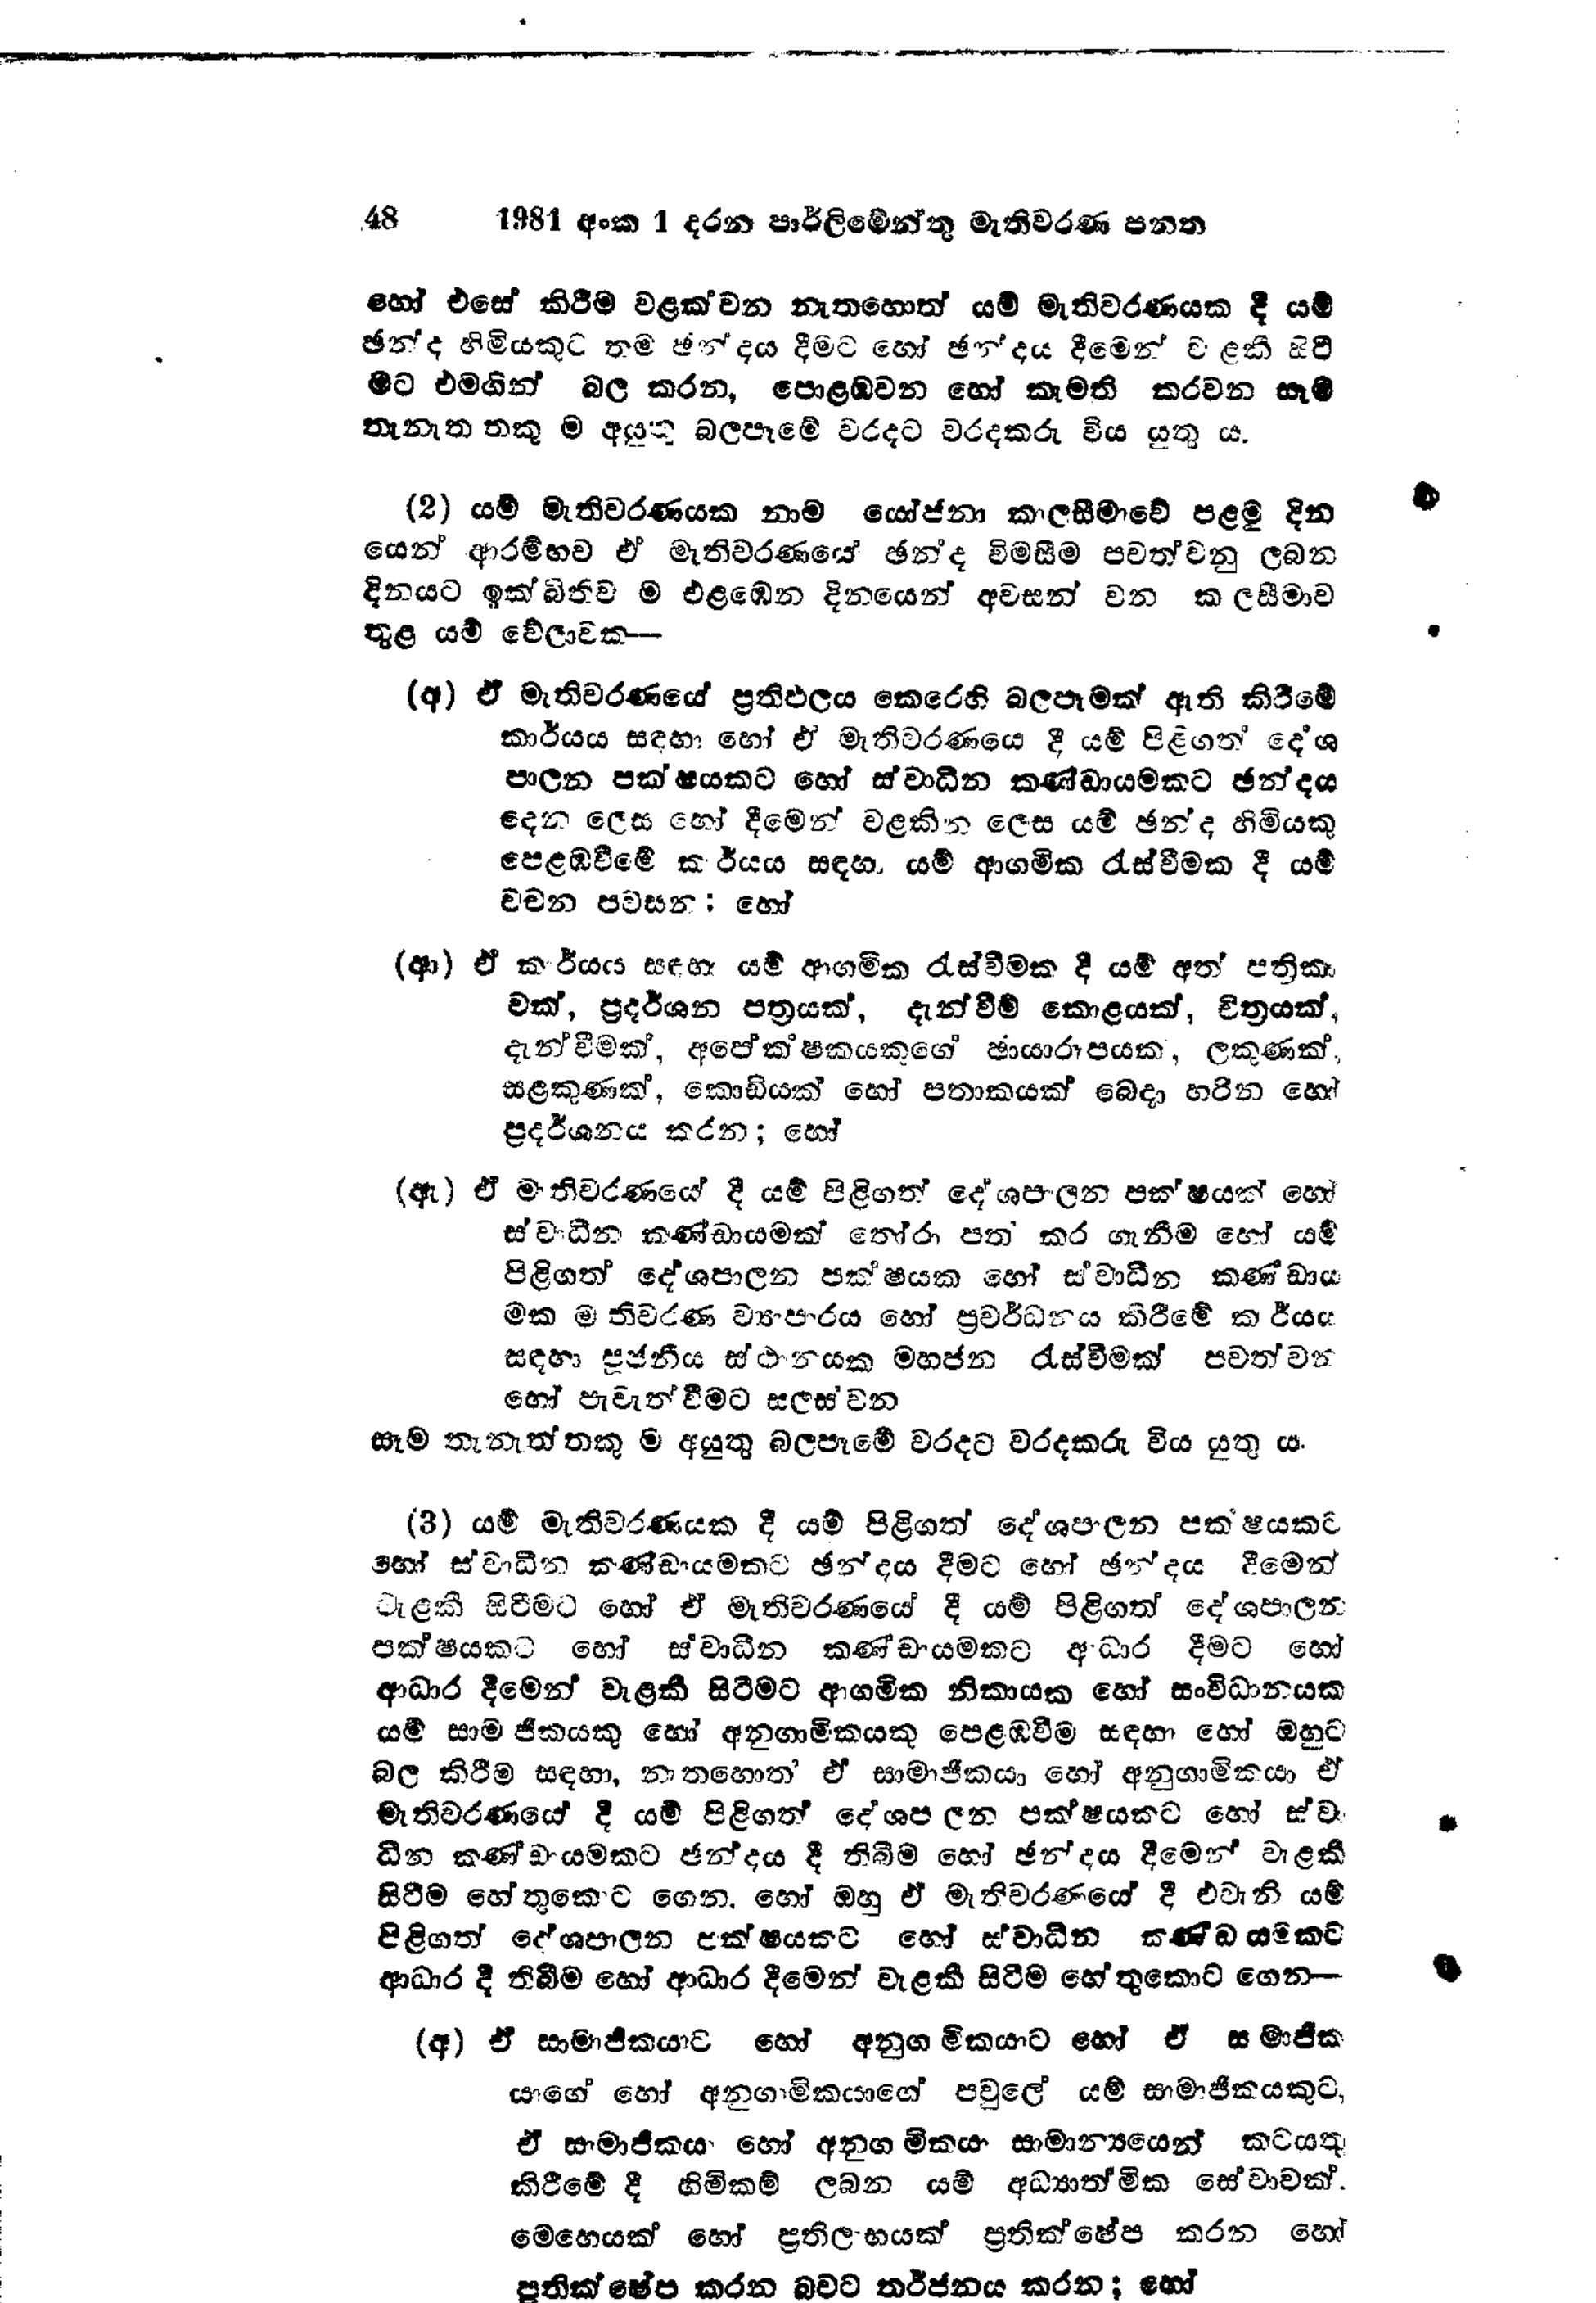
48 	1981 අංක 1 දරන පාර්ලිමේන්තු මැතිවරණ පනත

හෝ එසේ කිරීම වළක්වන නැතහොත් යම් මැතිවරණයක දී යම්
ඡන්ද හිමියකුට තම ඡන්දය දීමට හෝ ඡන්දය දීමෙන් වැළකී සිටී
මට එමගින් බල කරන, පොළඹවන හෝ කැමති කරවන සැම
තැනැත්තකු අයුතු බලපෑමේ වරදට වරදකරු විය යුතු ය.

(2) යම් මැතිවරණයක නාම යෝජනා කාලසීමාවේ පළමු දින
යෙන් ආරම්භව ඒ මැතිවරණයේ ඡන්ද විමසීම පවත්වනු ලබන
දිනයට ඉක්බිතිව ම එළඹෙන දිනයෙන් අවසන් වන කාලසීමාව
තුළ යම් වේලාවක -

(අ) ඒ මැතිවරණයේ ප්‍රතිඵලය කෙරෙහි බලපෑමක් ඇති කිරීමේ
කාර්යය සඳහා හෝ ඒ මැතිවරණයෙ දී යම් පිළිගත් දේශ
පාලන පක්ෂයකට හෝ ස්වාධීන කණ්ඩායමකට ඡන්දය
දෙන ලෙස හෝ දීමෙන් වළකින ලෙස යම් ඡන්ද හිමියකු
පෙළඹවීමේ කාර්යය සඳහා යම් ආගමික රැස්වීමක දී යම්
වචන පටසන; හෝ

(ආ) ඒ කාර්යය සඳහා යම් ආගමික රැස්වීමක දී යම් අත් පත්‍රිකා
වක්, ප්‍රදර්ශන පත්‍රයක්, දැන්වීම් කොළයක්, චිත්‍රයක්,
දැන්වීමක්, අපේක්ෂකයකුගේ ඡායාරූපයක, ලකුණක්
සළකුණක්, කොඩියක් හෝ පතාකයක් බෙදා හරින හෝ
ප්‍රදර්ශනය කරන; හෝ

(ඇ) ඒ මැතිවරණයේ දී යම් පිළිගත් දේශපාලන පක්ෂයක් හෝ
ස්වාධීන කණ්ඩායමක් තෝරා පත කර ගැනීම හෝ යම්
පිළිගත් දේශපාලන පක්ෂයක හෝ ස්වාධීන කණ්ඩාය
මක මැතිවරණ ව්‍යාපාරය හෝ ප්‍රවර්ධනය කිරීමේ කාර්යය
සඳහා පූජනීය ස්ථානයක මහජන රැස්වීමක් පවත්වන
හෝ පැවැත්වීමට සලස්වන
සෑම තැනැත්තකු ම අයුතු බලපෑමේ වරදට වරදකරු විය යුතු ය.

(3) යම් මැතිවරණයක දී යම් පිළිගත් දේශපාලන පක‍්ෂයකට
හෝ ස්වාධීන කණ්ඩායමකට ඡන්දය දීමට හෝ ඡන්දය දීමෙන්
වැළකී සිටීමට හෝ ඒ මැතිවරණයේ දී යම් පිළිගත් දේශපාලන
පක්ෂයකට හෝ ස්වාධීන කණ්ඩායමකට ආධාර දීමට හෝ
ආධාර දීමෙන් වැළකී සිටීමට ආගමික නිකායක හෝ සංවිධානයක
යම් සාමාජිකයකු හෝ අනුගාමිකයකු පෙළඹවීම සඳහා හෝ ඔහුට
බල කිරීම සඳහා, නැතහොත’ ඒ සාමාජිකයා හෝ අනුගාමිකයා ඒ
මැතිවරණයේ දී යම් පිළිගත් දේශපලන පක්ෂයකට හෝ ස්ව
ධීන කණ්ඩායමකට ඡන්දය දී තිබීම හෝ ඡන්දය දීමෙන් වැළකී
සිටීම හේතුකොට ගෙන, හෝ ඔහු ඒ මැතිවරණයේ දී එවැනි යම්
පිළිගත් දේශපාලන පක්ෂයකට හෝ ස්වාධීන කණ්ඩායමකට
ආධාර දී තිබීම හෝ ආධාර දීමෙන් වැළකී සිටීම හේතුකොට ගෙන -

(අ) ඒ සාමාජිකයාට හෝ අනුගාමිකයාට හෝ සාමාජික
යාගේ හෝ අනුගාමිකයාගේ පවුලේ යම් සාමාජිකයකුට,
ඒ සාමාජිකයා හෝ අනුගාමිකයා සාමාන්‍යයෙන් කටයුතු
කිරීමේ දී හිමිකම් ලබන යම් ආධ්‍යාත්මික සේවාවක්.
මෙහෙයක් හෝ ප්‍රතිලාභයක් ප්‍රතික්ෂේප කරන හෝ
ප්‍රතික්ෂේප කරන බවට තර්ජනය කරන හෝ